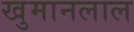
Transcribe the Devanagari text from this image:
खुमानलाल